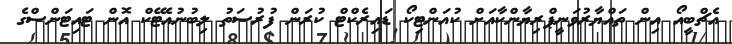
އެޗްބީއޯ އިން ތައްޔާރުވަނީޕްރިޔާންކާއަށް ކުއަންޓިކޯ ޑައިރެކްޓް ކުރަން ފުރުސަތު ލިބުނުއެޓޭކް އޮން ޓައިޓަންސްގެ